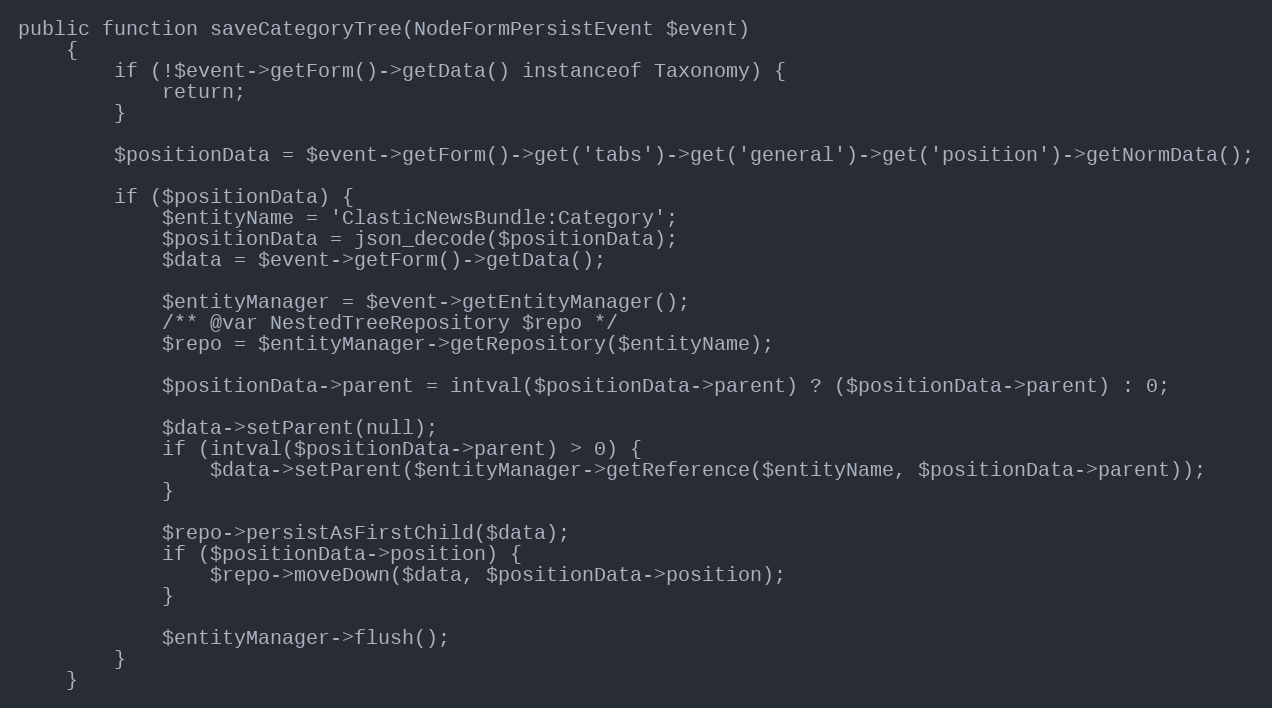
Language: PHP
public function saveCategoryTree(NodeFormPersistEvent $event)
    {
        if (!$event->getForm()->getData() instanceof Taxonomy) {
            return;
        }

        $positionData = $event->getForm()->get('tabs')->get('general')->get('position')->getNormData();

        if ($positionData) {
            $entityName = 'ClasticNewsBundle:Category';
            $positionData = json_decode($positionData);
            $data = $event->getForm()->getData();

            $entityManager = $event->getEntityManager();
            /** @var NestedTreeRepository $repo */
            $repo = $entityManager->getRepository($entityName);

            $positionData->parent = intval($positionData->parent) ? ($positionData->parent) : 0;

            $data->setParent(null);
            if (intval($positionData->parent) > 0) {
                $data->setParent($entityManager->getReference($entityName, $positionData->parent));
            }

            $repo->persistAsFirstChild($data);
            if ($positionData->position) {
                $repo->moveDown($data, $positionData->position);
            }

            $entityManager->flush();
        }
    }